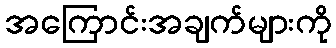
အကြောင်းအချက်များကို